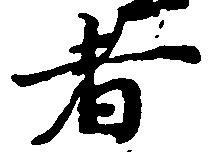
者